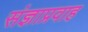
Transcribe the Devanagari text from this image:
संज्ञाप्रवाह